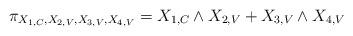
LaTeX: \begin{align*}& \pi_{X_{1,C}, X_{2,V},X_{3,V}, X_{4,V}}=X_{1,C}\wedge X_{2,V}+X_{3,V}\wedge X_{4,V}\end{align*}